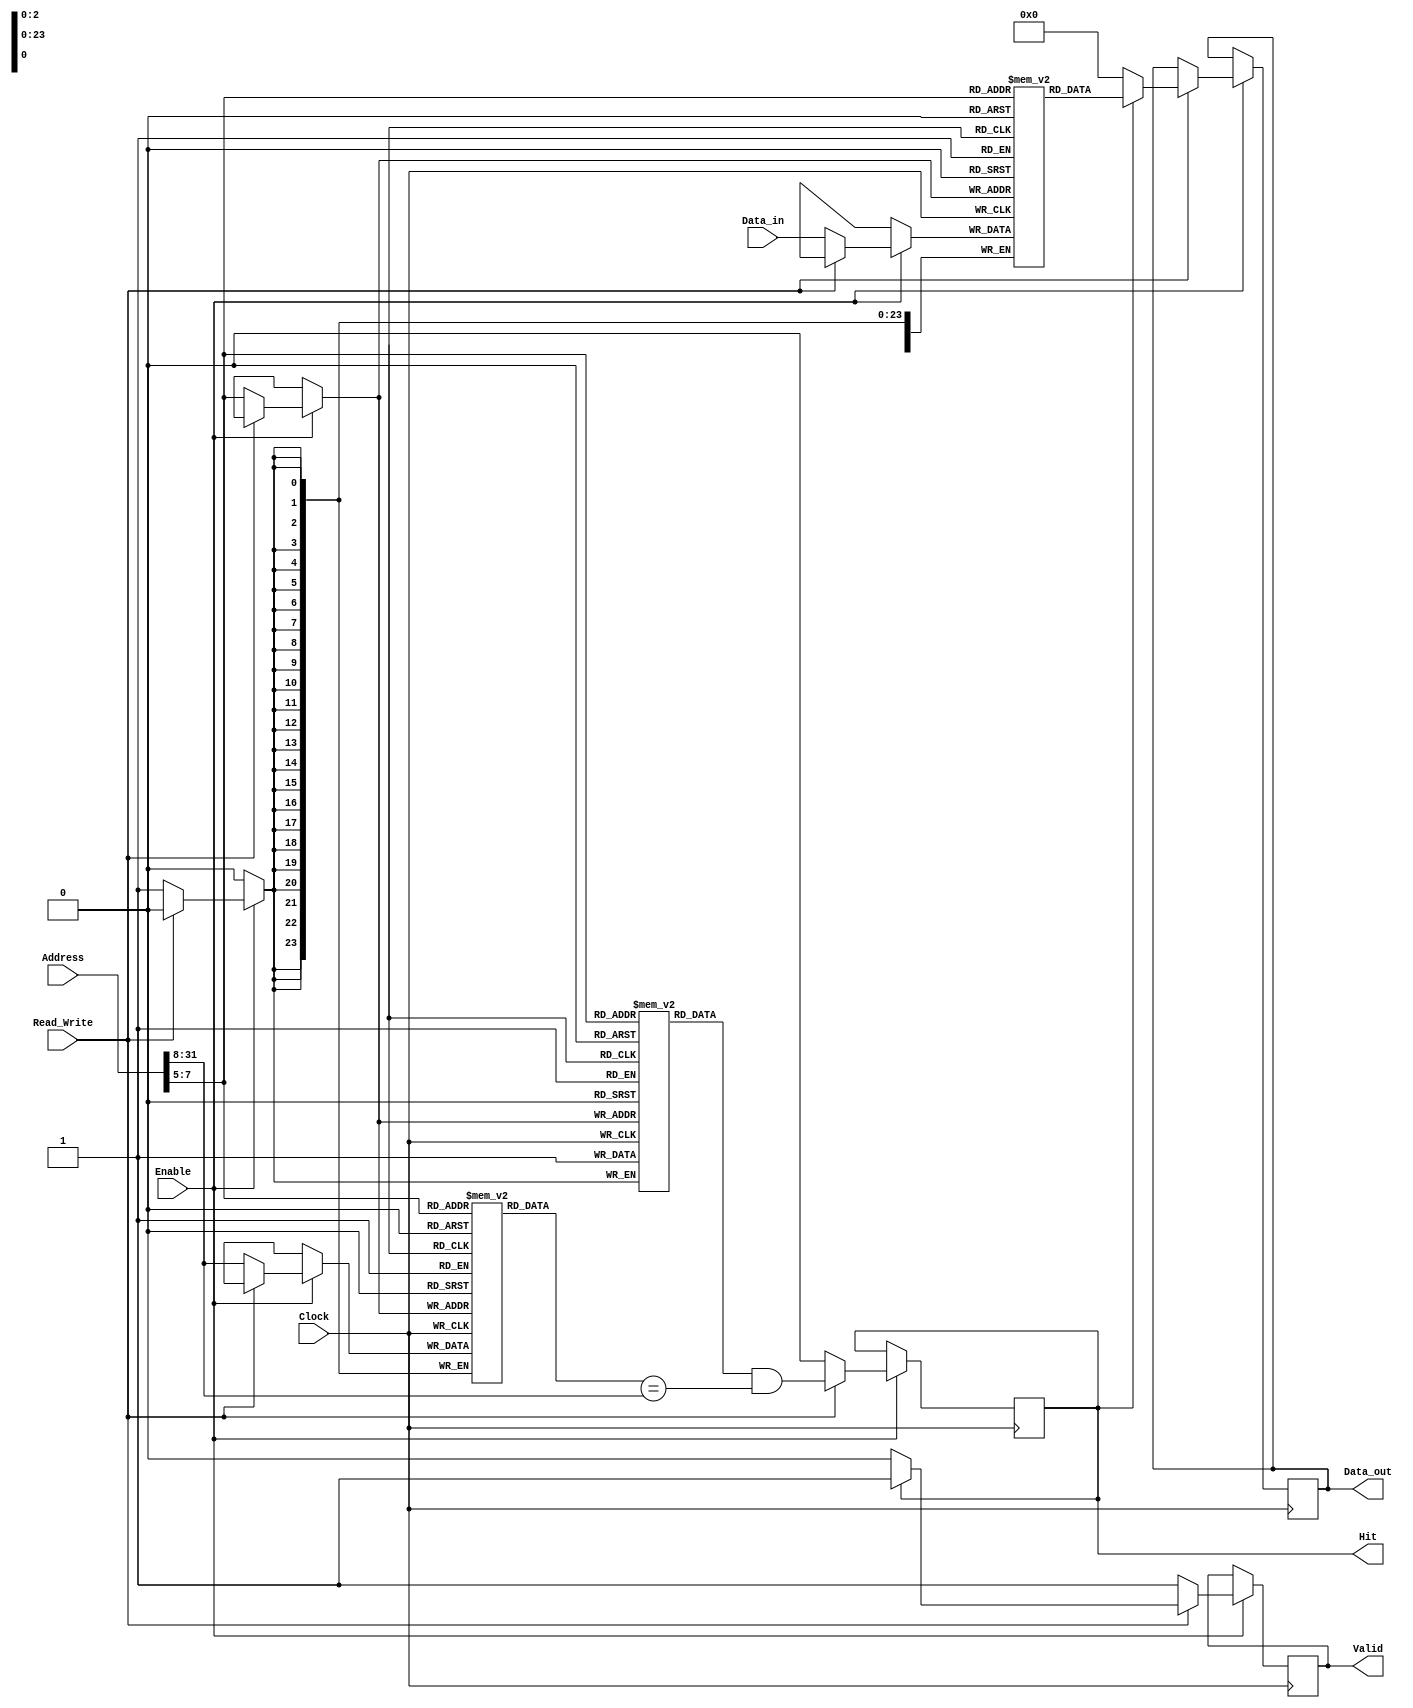
module DirectMappedCache (
    input wire [31:0] Address,    // 32-bit memory address
    input wire [31:0] Data_in,     // Data input for write operations
    input wire Read_Write,         // Read (1) or Write (0)
    input wire Enable,             // Enable signal
    input wire Clock,              // Clock signal
    output reg [31:0] Data_out,    // Data output for read operations
    output reg Hit,                // Hit signal
    output reg Valid               // Validity signal
);

    // Parameters for cache configuration
    parameter CACHE_SIZE = 256;    // Cache size in bytes
    parameter LINE_SIZE = 32;       // Cache line size in bytes
    parameter NUM_LINES = CACHE_SIZE / LINE_SIZE; // Number of cache lines
    parameter TAG_SIZE = 32 - $clog2(NUM_LINES) - $clog2(LINE_SIZE); // Tag size

    // Cache line structure
    reg [TAG_SIZE-1:0] tag [0:NUM_LINES-1]; // Tag for each line
    reg [LINE_SIZE-1:0] data [0:NUM_LINES-1]; // Data for each line
    reg valid [0:NUM_LINES-1]; // Valid bit for each line

    // Cache indexing logic
    wire [NUM_LINES-1:0] index = Address[$clog2(NUM_LINES)+$clog2(LINE_SIZE)-1:$clog2(LINE_SIZE)];
    wire [TAG_SIZE-1:0] tag_in = Address[31:$clog2(NUM_LINES)+$clog2(LINE_SIZE)];

    always @(posedge Clock) begin
        if (Enable) begin
            if (Read_Write) begin // Read operation
                Hit <= valid[index] && (tag[index] == tag_in);
                if (Hit) begin
                    Data_out <= data[index]; // Cache hit
                    Valid <= 1'b1; // Data is valid
                end else begin
                    Data_out <= 32'b0; // Cache miss, return 0 or handle main memory fetch
                    Valid <= 1'b0; // Data is not valid
                end
            end else begin // Write operation
                // Always write to cache regardless of hit/miss in this simple design
                data[index] <= Data_in; // Write data to cache
                tag[index] <= tag_in; // Update tag
                valid[index] <= 1'b1; // Mark as valid
                Hit <= 1'b0; // Write operation does not generate a hit signal
                Valid <= 1'b1; // Data is valid after write
            end
        end
    end

endmodule